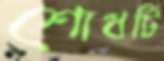
শোধটি